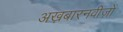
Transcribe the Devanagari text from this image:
अख़बारनवीज़ों